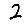
Digit: 2